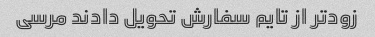
زود‌تر از تایم سفارش تحویل دادند مرسی